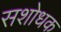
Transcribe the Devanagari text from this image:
सशोधक